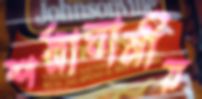
শস্নাঘানীয়